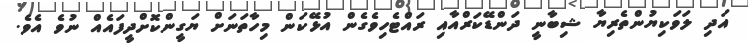
އަދި ލަވަކިޔުންތެރިޔާ ޝިބާނީ ދަންޑޭކަރްއާއި ރައްޓެހިވެގެން އުޅޭކަން މިހާތަނަށް ޔަގީންކޮށްދީފައެއް ނުވެ އެވެ.